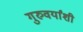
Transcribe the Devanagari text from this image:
गुरुवर्यांशी